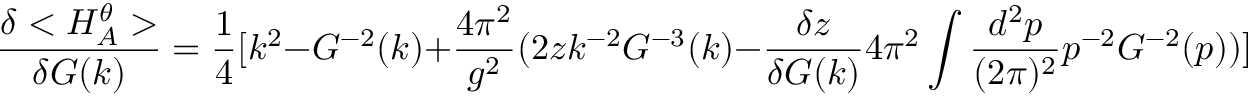
\frac { \delta < H _ { A } ^ { \theta } > } { \delta G ( k ) } = \frac { 1 } { 4 } [ k ^ { 2 } - G ^ { - 2 } ( k ) + \frac { 4 \pi ^ { 2 } } { g ^ { 2 } } ( 2 z k ^ { - 2 } G ^ { - 3 } ( k ) - \frac { \delta z } { \delta G ( k ) } 4 \pi ^ { 2 } \int \frac { d ^ { 2 } p } { ( 2 \pi ) ^ { 2 } } p ^ { - 2 } G ^ { - 2 } ( p ) ) ]